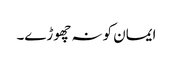
ایمان کو نہ چھوڑے۔